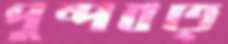
পুষ্পবত্